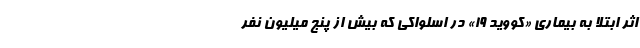
اثر ابتلا به بیماری «کووید ۱۹» در اسلواکی که بیش از پنج میلیون نفر